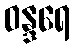
ဝန္ဒရေ